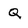
Character: Q